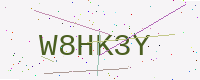
Text: W8HK3Y